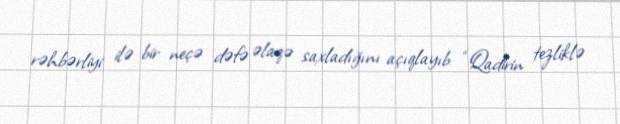
rəhbərliyi ilə bir neçə dəfə əlaqə saxladığını açıqlayıb: “Qadirin tezliklə